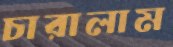
চারালাম